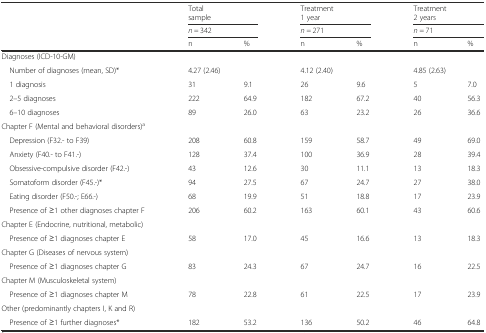
| <ROWSPAN=3>  | <COLSPAN=2> Totalsample | <COLSPAN=2> Treatment1 year | <COLSPAN=2> Treatment2 years |
 | <COLSPAN=2> n = 342 | <COLSPAN=2> n = 271 | <COLSPAN=2> n = 71 |
 | n | % | n | % | n | % |
 | --- | --- | --- | --- | --- | --- | --- |
 | Diagnoses (ICD-10-GM) |  |  |  |  |  |  |
 | Number of diagnoses (mean, SD)* | <COLSPAN=2> 4.27 (2.46) | <COLSPAN=2> 4.12 (2.40) | <COLSPAN=2> 4.85 (2.63) |
 | 1 diagnosis | 31 | 9.1 | 26 | 9.6 | 5 | 7.0 |
 | 2–5 diagnoses | 222 | 64.9 | 182 | 67.2 | 40 | 56.3 |
 | 6–10 diagnoses | 89 | 26.0 | 63 | 23.2 | 26 | 36.6 |
 | Chapter F (Mental and behavioral disorders)a |  |  |  |  |  |  |
 | Depression (F32.- to F39) | 208 | 60.8 | 159 | 58.7 | 49 | 69.0 |
 | Anxiety (F40.- to F41.-) | 128 | 37.4 | 100 | 36.9 | 28 | 39.4 |
 | Obsessive-compulsive disorder (F42.-) | 43 | 12.6 | 30 | 11.1 | 13 | 18.3 |
 | Somatoform disorder (F45.-)* | 94 | 27.5 | 67 | 24.7 | 27 | 38.0 |
 | Eating disorder (F50.-; E66.-) | 68 | 19.9 | 51 | 18.8 | 17 | 23.9 |
 | Presence of ≥1 other diagnoses chapter F | 206 | 60.2 | 163 | 60.1 | 43 | 60.6 |
 | Chapter E (Endocrine, nutritional, metabolic) |  |  |  |  |  |  |
 | Presence of ≥1 diagnoses chapter E | 58 | 17.0 | 45 | 16.6 | 13 | 18.3 |
 | Chapter G (Diseases of nervous system) |  |  |  |  |  |  |
 | Presence of ≥1 diagnoses chapter G | 83 | 24.3 | 67 | 24.7 | 16 | 22.5 |
 | Chapter M (Musculoskeletal system) |  |  |  |  |  |  |
 | Presence of ≥1 diagnoses chapter M | 78 | 22.8 | 61 | 22.5 | 17 | 23.9 |
 | Other (predominantly chapters I, K and R) |  |  |  |  |  |  |
 | Presence of ≥1 further diagnoses* | 182 | 53.2 | 136 | 50.2 | 46 | 64.8 |